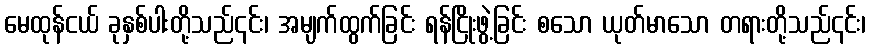
မေထုန်ငယ် ခုနှစ်ပါးတို့သည်၎င်း၊ အမျက်ထွက်ခြင်း ရန်ငြိုးဖွဲ့ခြင်း စသော ယုတ်မာသော တရားတို့သည်၎င်း၊